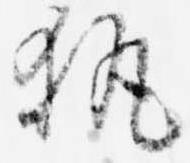
執